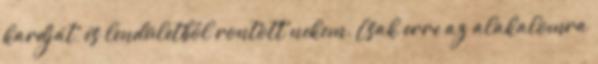
kardját, és lendületből rontott nekem. Csak erre az alakalomra